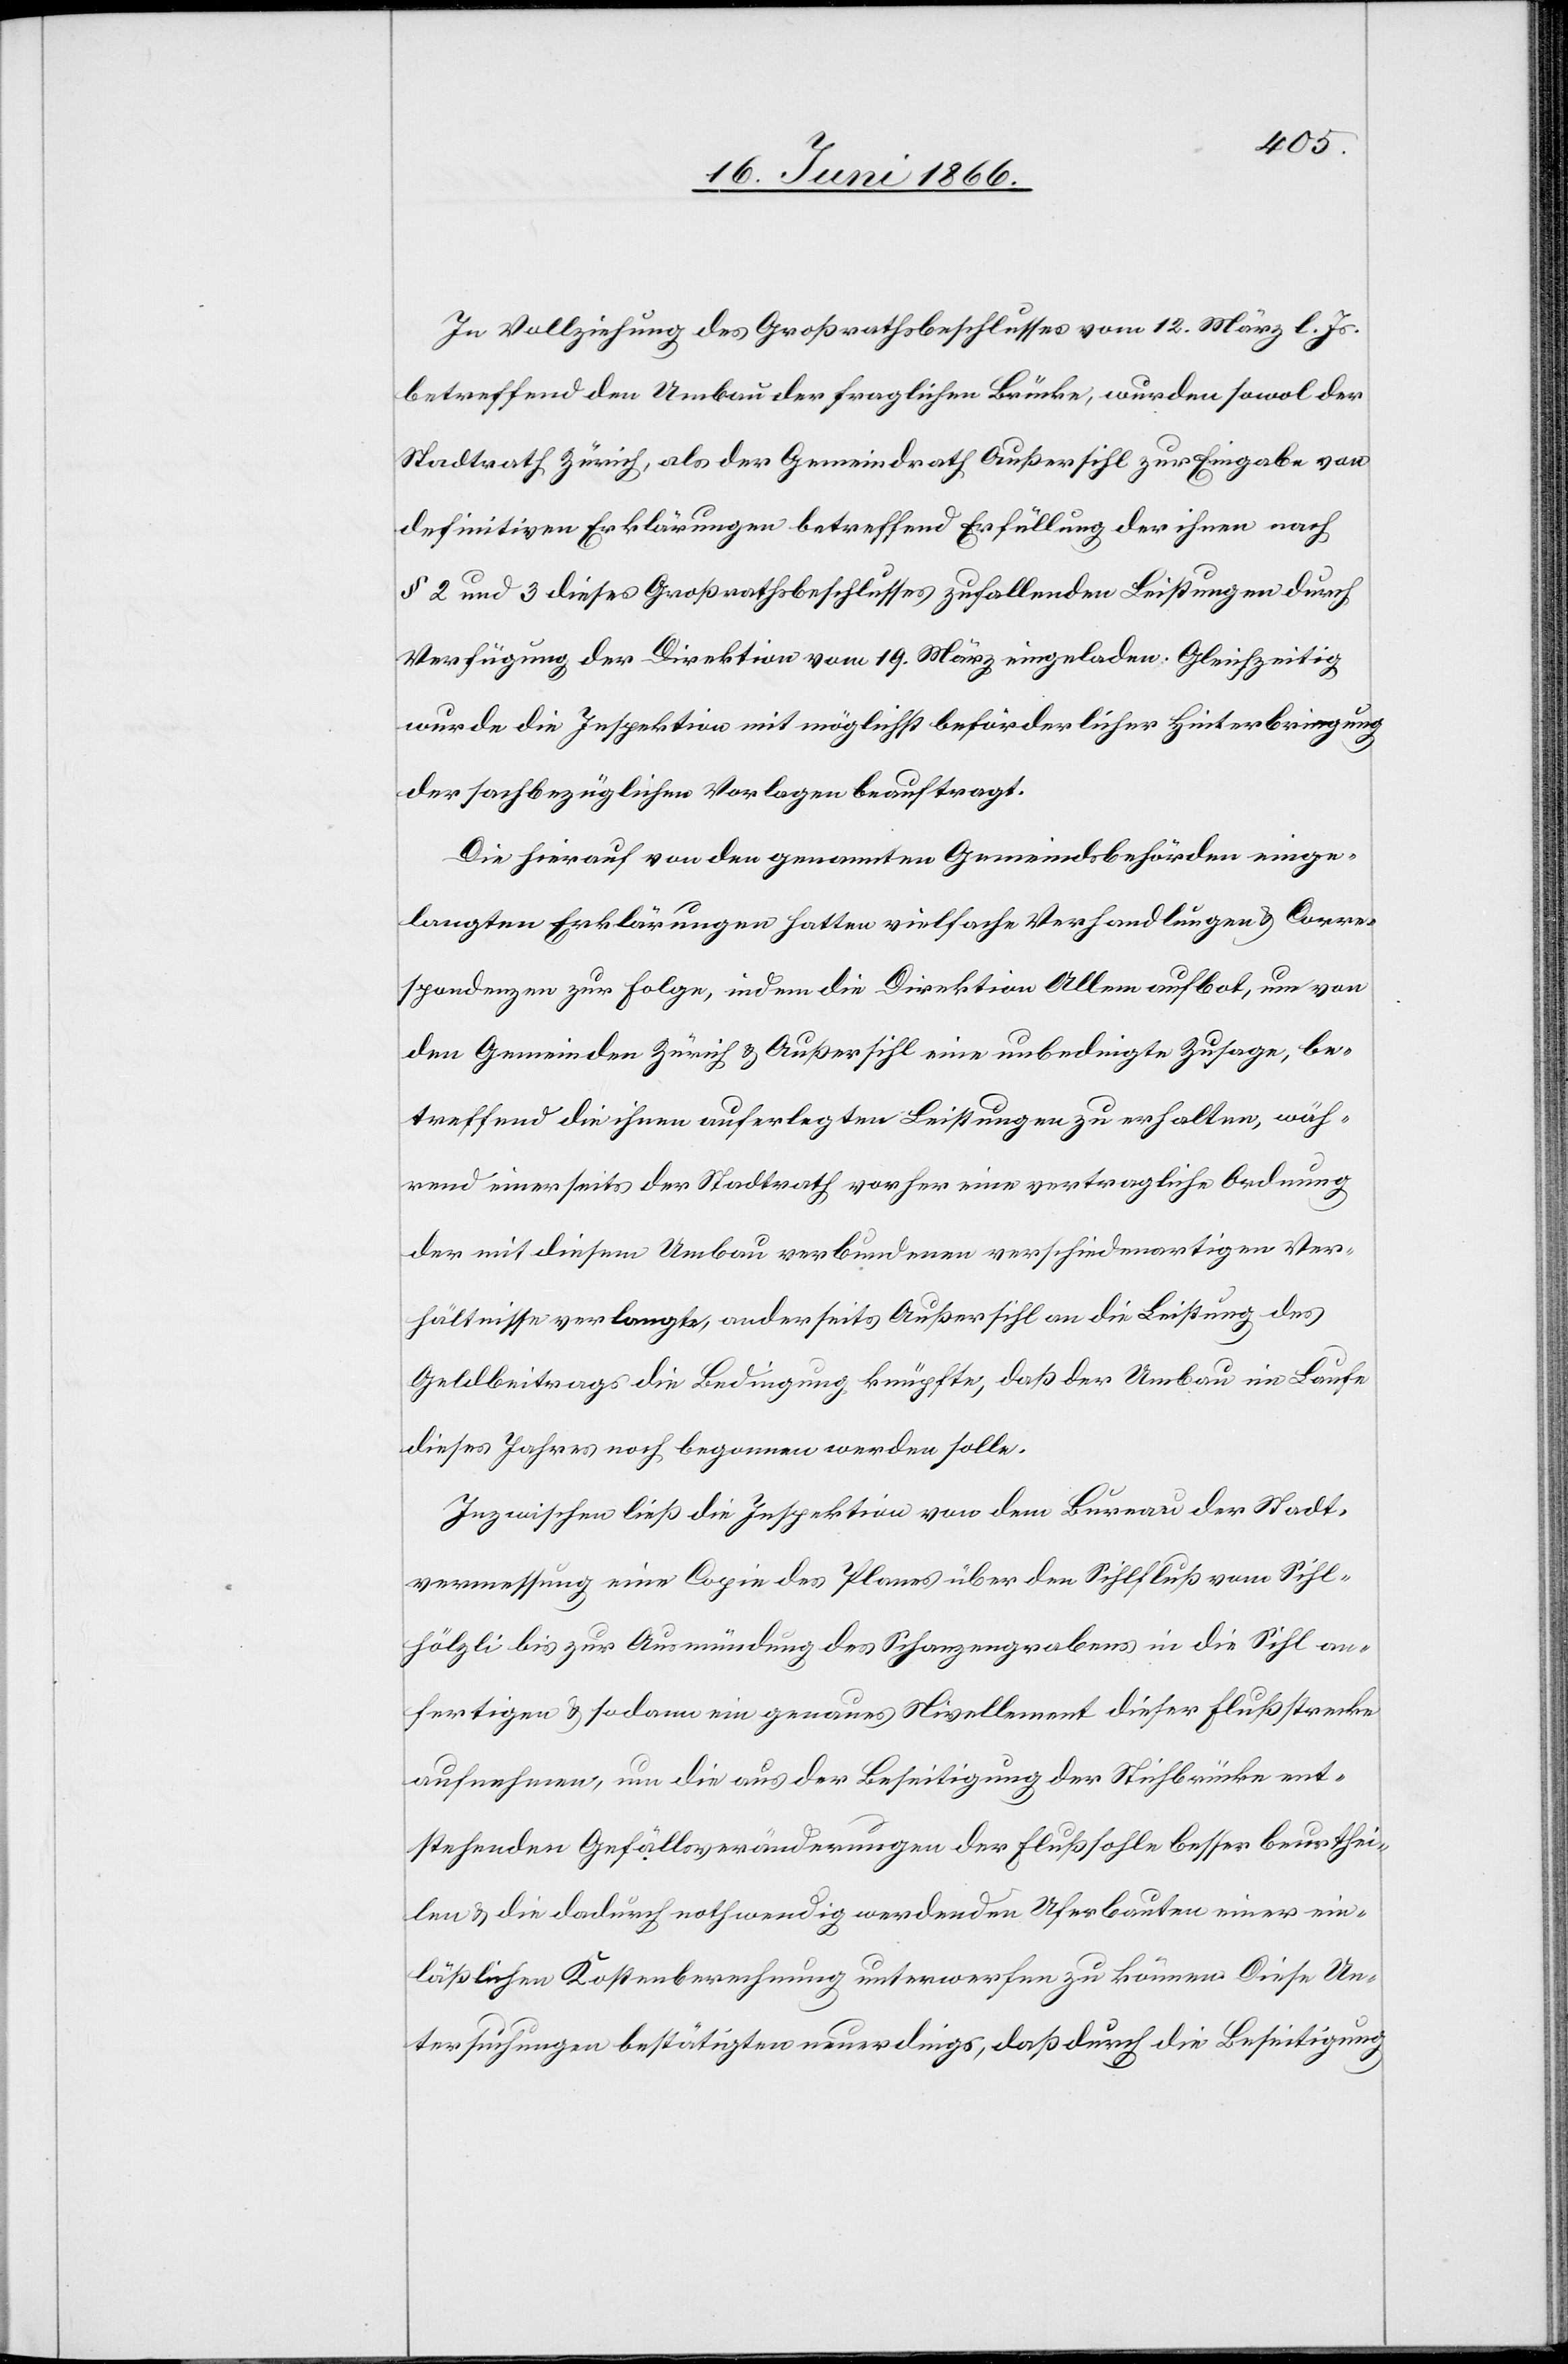
In Vollziehung des Großrathsbeschlusses vom 12. März l. Js.
betreffend den Umbau der fraglichen Brücke, wurden sowol der
Stadtrath Zürich, als der Gemeindrath Außersihl zur Eingabe von
definitiven Erklärungen betreffend Erfüllung der ihnen nach
§ 2 und 3 diese Großrathsbeschlusses zufallenden Leistungen durch
Verfügung der Direktion vom 19. März eingeladen. Gleichzeitig
wurde die Inspektion mit möglichst beförderlicher Hinterbringung
der sachbezüglichen Vorlagen beauftragt.
Die hierauf von den genannten Gemeindsbehörden einge¬
langten Erklärungen hatten vielfache Verhandlungen u. Corre¬
spondenzen zur Folge, indem die Direktion Allem aufbot, um von
den Gemeinden Zürich u. Außersihl eine unbedingte Zusage zu
rend einerseits der Stadtrath vorher eine vertragliche Ordnung
der mit diesem Umbau verbundenen verschiedenartigen Ver¬
hältnisse verlangte, anderseits Außersihl an die Leistung des
Geldbeitrages die Bedingung knüpfte, daß der Umbau im Laufe
dieses Jahres noch begonnen werden solle.
Inzwischen ließ die Inspektion von dem Bureau der Stadt¬
vermessung eine Copie des Planes über den Sihlfluß vom Sihl¬
hölzli bis zur Ausmündung des Schanzengrabens in die Sihl an¬
fertigen u. sodann ein genaues Nivellement dieser Flußstrecke
aufnehmen, um die aus der Beseitigung der Sihlbrücke ent¬
stehenden Gefällsveränderungen der Flußsohle besser beurthei¬
len u. die dadurch nothwendig werdenden Uferbauten einer ein¬
läßlichen Kostenberechnung unterwerfen zu können. Diese Un¬
tersuchungen bestätigten neuerdings, daß durch die Beseitigung
wäh¬